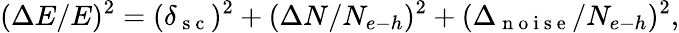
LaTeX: (\Delta E/E)^{2}=(\delta_{\mathrm{~s~c~}})^{2}+(\Delta N/N_{e{\mathrm{-}}h})^{2}+(\Delta_{\mathrm{~n~o~i~s~e~}}/N_{e{\mathrm{-}}h})^{2},